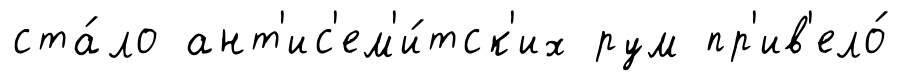
ста́ло ант'ис'ем'и́тск'их рум пр'ив'ело́